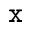
^ \texttt { x }